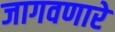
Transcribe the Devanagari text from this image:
जागवणारे